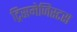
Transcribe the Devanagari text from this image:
ट्रिसमेजिस्टस